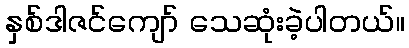
နှစ်ဒါဇင်ကျော် သေဆုံးခဲ့ပါတယ်။